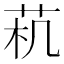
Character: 𱽟